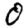
Digit: 0